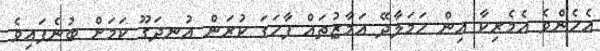
އެހެންވެ އެމެރިކާ އިން ހަމަލާދޭ އަމާޒުތައް ފާހަގަ ކުރަން އުނދަގޫ ކަމަށް ބުނެފައިވެ